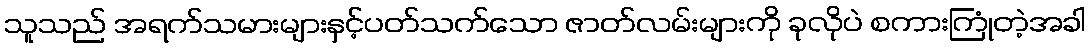
သူသည် အရက်သမားများနှင့်ပတ်သက်သော ဇာတ်လမ်းများကို ခုလိုပဲ စကားကြုံတဲ့အခါ